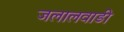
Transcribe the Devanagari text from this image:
जलालवाडी